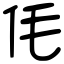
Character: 𠇔